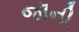
જૉની